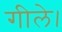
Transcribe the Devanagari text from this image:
गीले।